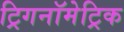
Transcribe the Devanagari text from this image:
ट्रिगनॉमेट्रिक